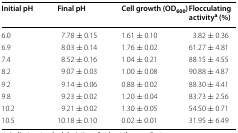
<table><thead><tr><td><b>Initial pH</b></td><td><b>Final pH</b></td><td><b>Cell growth (OD<sub>600</sub>)</b></td><td><b>Flocculating activity<sup>a</sup> (%)</b></td></tr></thead><tbody><tr><td>6.0</td><td>7.78 ± 0.15</td><td>1.61 ± 0.10</td><td>3.82 ± 0.36</td></tr><tr><td>6.9</td><td>8.03 ± 0.14</td><td>1.76 ± 0.02</td><td>61.27 ± 4.81</td></tr><tr><td>7.4</td><td>8.52 ± 0.16</td><td>1.04 ± 0.21</td><td>88.15 ± 4.55</td></tr><tr><td>8.2</td><td>9.07 ± 0.03</td><td>1.00 ± 0.08</td><td>90.88 ± 4.87</td></tr><tr><td>9.2</td><td>9.14 ± 0.06</td><td>0.88 ± 0.02</td><td>88.30 ± 4.41</td></tr><tr><td>9.8</td><td>9.23 ± 0.02</td><td>1.20 ± 0.04</td><td>83.73 ± 2.56</td></tr><tr><td>10.2</td><td>9.21 ± 0.02</td><td>1.30 ± 0.05</td><td>54.50 ± 0.71</td></tr><tr><td>10.5</td><td>10.18 ± 0.10</td><td>0.02 ± 0.01</td><td>31.95 ± 6.49</td></tr></tbody></table>